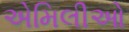
એમિલીઓ